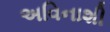
અવિનાશી